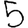
Digit: 5